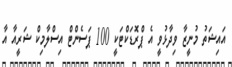
އައިޝަތު މުނީޒާ ވިދާޅުވީ އެ ޕްރޮޑަކްޓަކީ 100 ޕަސެންޓް އިސްލާމިކް ޝަރީއާ އާ